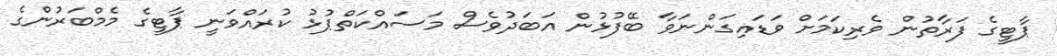
ޕާޓީގެ ފަރާތުން ވެރިކަމަށް ވަޑައިގަންނަވާ ބޭފުޅުން އަބަދުވެސް މަސައްކަތްޕުޅު ކުރައްވަނީ ޕާޓީގެ މެމްބަރުންގެ